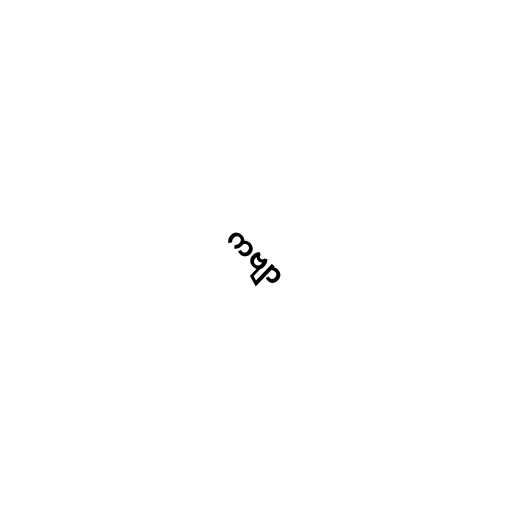
ကဗျာ